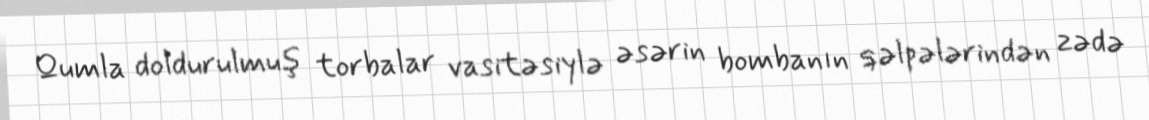
Qumla doldurulmuş torbalar vasitəsiylə əsərin bombanın qəlpələrindən zədə